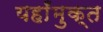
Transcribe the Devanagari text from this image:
यहाँमुक्त